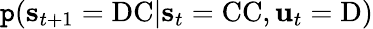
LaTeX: \mathtt{p}(\mathbf{{s}}_{t+1}=\mathrm{{DC}}|\mathbf{{s}}_{t}=\mathrm{{CC}},\mathbf{{u}}_{t}=\mathrm{{D}})